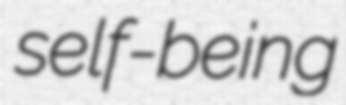
self-being